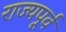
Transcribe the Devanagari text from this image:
राज्यपूर्व